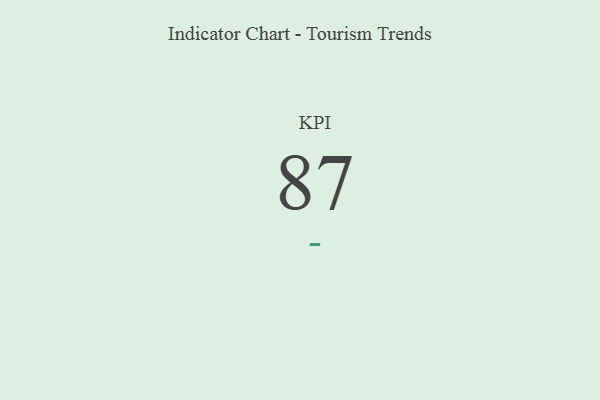
{"axis": {"x": "KPI", "y": "Value"}, "legend": [""], "data": [{"x": "KPI", "y": 87, "type": ""}]}